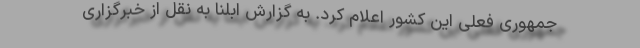
جمهوری فعلی این کشور اعلام کرد. به گزارش ابلنا به نقل از خبرگزاری